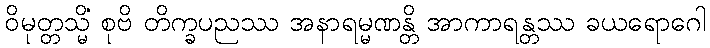
ဝိမုတ္တသ္မိံ စုဗိ တိက္ခပညဿ အနာရမ္မဏန္တိ အာကာရန္တဿ ခယရောဂေါ